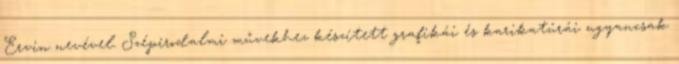
Ervin nevével. Szépirodalmi művekhez készített grafikái és karikatúrái ugyancsak